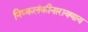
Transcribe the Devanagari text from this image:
निष्कलंकीनारायणाय